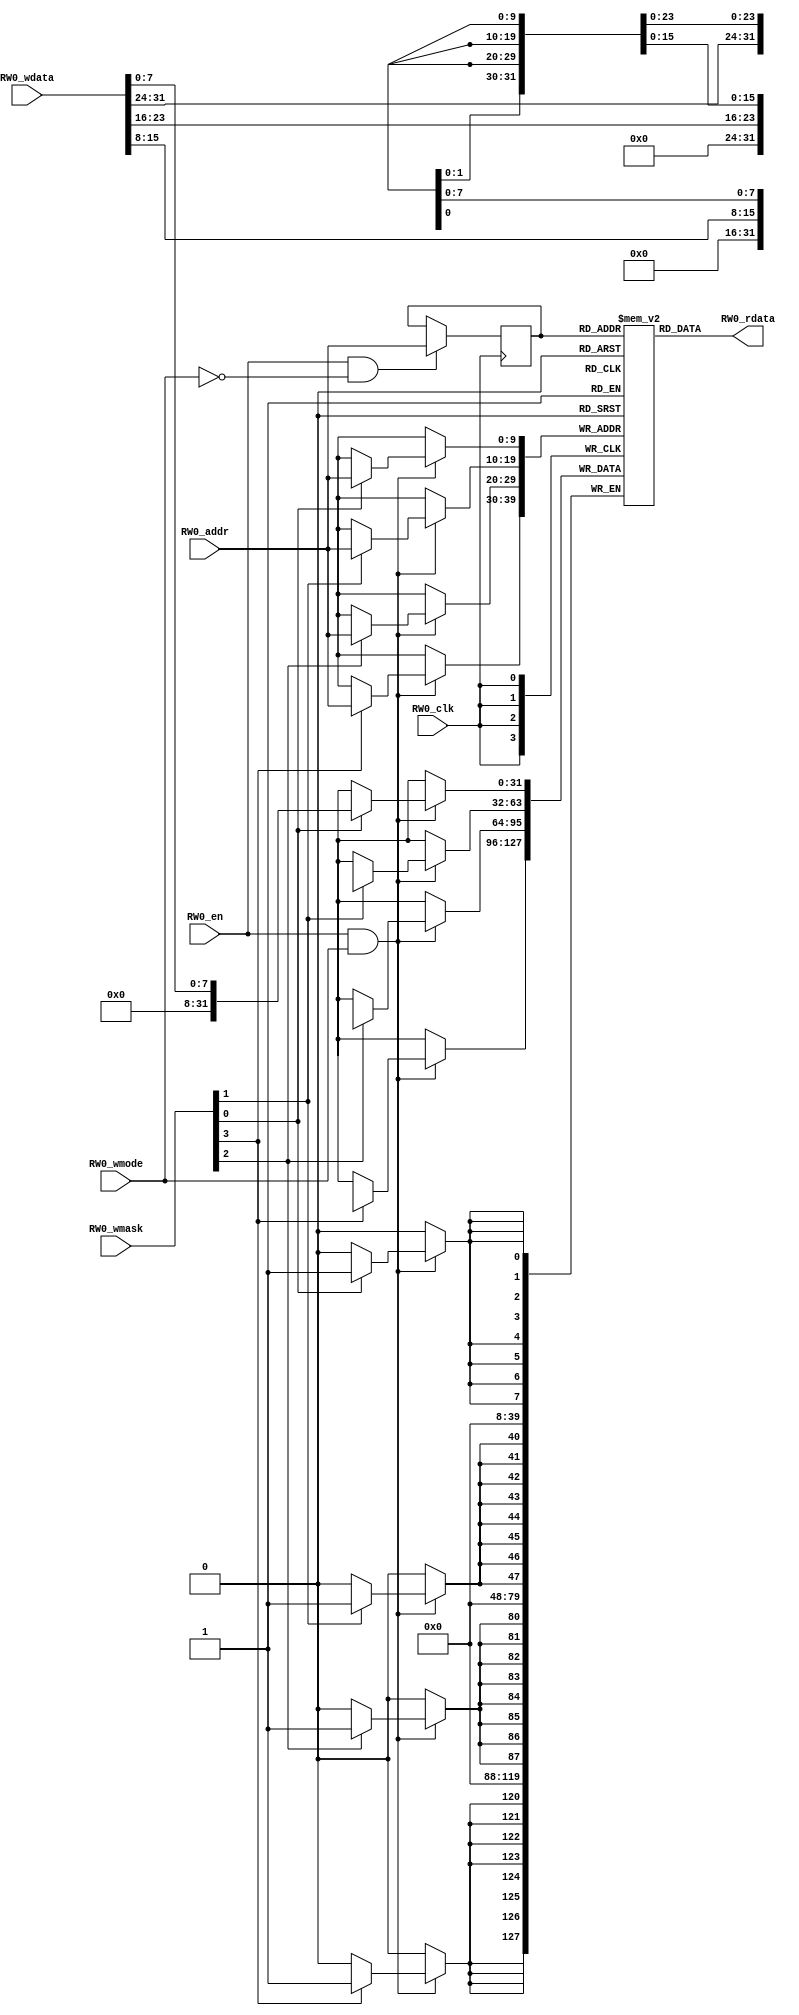

module data_arrays_0_ext(
  input RW0_clk,
  input [9:0] RW0_addr,
  input RW0_en,
  input RW0_wmode,
  input [3:0] RW0_wmask,
  input [31:0] RW0_wdata,
  output [31:0] RW0_rdata
);

  reg reg_RW0_ren;
  reg [9:0] reg_RW0_addr;
  reg [31:0] ram [1023:0];
  `ifdef RANDOMIZE_MEM_INIT
    integer initvar;
    initial begin
      #`RANDOMIZE_DELAY begin end
      for (initvar = 0; initvar < 1024; initvar = initvar+1)
        ram[initvar] = {1 {$random}};
      reg_RW0_addr = {1 {$random}};
    end
  `endif
  integer i;
  always @(posedge RW0_clk)
    reg_RW0_ren <= RW0_en && !RW0_wmode;
  always @(posedge RW0_clk)
    if (RW0_en && !RW0_wmode) reg_RW0_addr <= RW0_addr;
  always @(posedge RW0_clk)
    if (RW0_en && RW0_wmode) begin
      for(i=0;i<4;i=i+1) begin
        if(RW0_wmask[i]) begin
          ram[RW0_addr][i*8 +: 8] <= RW0_wdata[i*8 +: 8];
        end
      end
    end
  `ifdef RANDOMIZE_GARBAGE_ASSIGN
  reg [31:0] RW0_random;
  `ifdef RANDOMIZE_MEM_INIT
    initial begin
      #`RANDOMIZE_DELAY begin end
      RW0_random = {$random};
      reg_RW0_ren = RW0_random[0];
    end
  `endif
  always @(posedge RW0_clk) RW0_random <= {$random};
  assign RW0_rdata = reg_RW0_ren ? ram[reg_RW0_addr] : RW0_random[31:0];
  `else
  assign RW0_rdata = ram[reg_RW0_addr];
  `endif

endmodule

module tag_array_ext(
  input RW0_clk,
  input [5:0] RW0_addr,
  input RW0_en,
  input RW0_wmode,
  input [21:0] RW0_wdata,
  output [21:0] RW0_rdata
);

  reg reg_RW0_ren;
  reg [5:0] reg_RW0_addr;
  reg [21:0] ram [63:0];
  `ifdef RANDOMIZE_MEM_INIT
    integer initvar;
    initial begin
      #`RANDOMIZE_DELAY begin end
      for (initvar = 0; initvar < 64; initvar = initvar+1)
        ram[initvar] = {1 {$random}};
      reg_RW0_addr = {1 {$random}};
    end
  `endif
  integer i;
  always @(posedge RW0_clk)
    reg_RW0_ren <= RW0_en && !RW0_wmode;
  always @(posedge RW0_clk)
    if (RW0_en && !RW0_wmode) reg_RW0_addr <= RW0_addr;
  always @(posedge RW0_clk)
    if (RW0_en && RW0_wmode) begin
      for(i=0;i<1;i=i+1) begin
        ram[RW0_addr][i*22 +: 22] <= RW0_wdata[i*22 +: 22];
      end
    end
  `ifdef RANDOMIZE_GARBAGE_ASSIGN
  reg [31:0] RW0_random;
  `ifdef RANDOMIZE_MEM_INIT
    initial begin
      #`RANDOMIZE_DELAY begin end
      RW0_random = {$random};
      reg_RW0_ren = RW0_random[0];
    end
  `endif
  always @(posedge RW0_clk) RW0_random <= {$random};
  assign RW0_rdata = reg_RW0_ren ? ram[reg_RW0_addr] : RW0_random[21:0];
  `else
  assign RW0_rdata = ram[reg_RW0_addr];
  `endif

endmodule

module tag_array_0_ext(
  input RW0_clk,
  input [5:0] RW0_addr,
  input RW0_en,
  input RW0_wmode,
  input [0:0] RW0_wmask,
  input [20:0] RW0_wdata,
  output [20:0] RW0_rdata
);

  reg reg_RW0_ren;
  reg [5:0] reg_RW0_addr;
  reg [20:0] ram [63:0];
  `ifdef RANDOMIZE_MEM_INIT
    integer initvar;
    initial begin
      #`RANDOMIZE_DELAY begin end
      for (initvar = 0; initvar < 64; initvar = initvar+1)
        ram[initvar] = {1 {$random}};
      reg_RW0_addr = {1 {$random}};
    end
  `endif
  integer i;
  always @(posedge RW0_clk)
    reg_RW0_ren <= RW0_en && !RW0_wmode;
  always @(posedge RW0_clk)
    if (RW0_en && !RW0_wmode) reg_RW0_addr <= RW0_addr;
  always @(posedge RW0_clk)
    if (RW0_en && RW0_wmode) begin
      for(i=0;i<1;i=i+1) begin
        if(RW0_wmask[i]) begin
          ram[RW0_addr][i*21 +: 21] <= RW0_wdata[i*21 +: 21];
        end
      end
    end
  `ifdef RANDOMIZE_GARBAGE_ASSIGN
  reg [31:0] RW0_random;
  `ifdef RANDOMIZE_MEM_INIT
    initial begin
      #`RANDOMIZE_DELAY begin end
      RW0_random = {$random};
      reg_RW0_ren = RW0_random[0];
    end
  `endif
  always @(posedge RW0_clk) RW0_random <= {$random};
  assign RW0_rdata = reg_RW0_ren ? ram[reg_RW0_addr] : RW0_random[20:0];
  `else
  assign RW0_rdata = ram[reg_RW0_addr];
  `endif

endmodule

module data_arrays_0_0_ext(
  input RW0_clk,
  input [9:0] RW0_addr,
  input RW0_en,
  input RW0_wmode,
  input [0:0] RW0_wmask,
  input [31:0] RW0_wdata,
  output [31:0] RW0_rdata
);

  reg reg_RW0_ren;
  reg [9:0] reg_RW0_addr;
  reg [31:0] ram [1023:0];
  `ifdef RANDOMIZE_MEM_INIT
    integer initvar;
    initial begin
      #`RANDOMIZE_DELAY begin end
      for (initvar = 0; initvar < 1024; initvar = initvar+1)
        ram[initvar] = {1 {$random}};
      reg_RW0_addr = {1 {$random}};
    end
  `endif
  integer i;
  always @(posedge RW0_clk)
    reg_RW0_ren <= RW0_en && !RW0_wmode;
  always @(posedge RW0_clk)
    if (RW0_en && !RW0_wmode) reg_RW0_addr <= RW0_addr;
  always @(posedge RW0_clk)
    if (RW0_en && RW0_wmode) begin
      for(i=0;i<1;i=i+1) begin
        if(RW0_wmask[i]) begin
          ram[RW0_addr][i*32 +: 32] <= RW0_wdata[i*32 +: 32];
        end
      end
    end
  `ifdef RANDOMIZE_GARBAGE_ASSIGN
  reg [31:0] RW0_random;
  `ifdef RANDOMIZE_MEM_INIT
    initial begin
      #`RANDOMIZE_DELAY begin end
      RW0_random = {$random};
      reg_RW0_ren = RW0_random[0];
    end
  `endif
  always @(posedge RW0_clk) RW0_random <= {$random};
  assign RW0_rdata = reg_RW0_ren ? ram[reg_RW0_addr] : RW0_random[31:0];
  `else
  assign RW0_rdata = ram[reg_RW0_addr];
  `endif

endmodule

module mem_ext(
  input W0_clk,
  input [25:0] W0_addr,
  input W0_en,
  input [31:0] W0_data,
  input [3:0] W0_mask,
  input R0_clk,
  input [25:0] R0_addr,
  input R0_en,
  output [31:0] R0_data
);

  reg reg_R0_ren;
  reg [25:0] reg_R0_addr;
  reg [31:0] ram [67108863:0];
  `ifdef RANDOMIZE_MEM_INIT
    integer initvar;
    initial begin
      #`RANDOMIZE_DELAY begin end
      for (initvar = 0; initvar < 67108864; initvar = initvar+1)
        ram[initvar] = {1 {$random}};
      reg_R0_addr = {1 {$random}};
    end
  `endif
  integer i;
  always @(posedge R0_clk)
    reg_R0_ren <= R0_en;
  always @(posedge R0_clk)
    if (R0_en) reg_R0_addr <= R0_addr;
  always @(posedge W0_clk)
    if (W0_en) begin
      if (W0_mask[0]) ram[W0_addr][7:0] <= W0_data[7:0];
      if (W0_mask[1]) ram[W0_addr][15:8] <= W0_data[15:8];
      if (W0_mask[2]) ram[W0_addr][23:16] <= W0_data[23:16];
      if (W0_mask[3]) ram[W0_addr][31:24] <= W0_data[31:24];
    end
  `ifdef RANDOMIZE_GARBAGE_ASSIGN
  reg [31:0] R0_random;
  `ifdef RANDOMIZE_MEM_INIT
    initial begin
      #`RANDOMIZE_DELAY begin end
      R0_random = {$random};
      reg_R0_ren = R0_random[0];
    end
  `endif
  always @(posedge R0_clk) R0_random <= {$random};
  assign R0_data = reg_R0_ren ? ram[reg_R0_addr] : R0_random[31:0];
  `else
  assign R0_data = ram[reg_R0_addr];
  `endif

endmodule

module mem_0_ext(
  input W0_clk,
  input [9:0] W0_addr,
  input W0_en,
  input [31:0] W0_data,
  input [3:0] W0_mask,
  input R0_clk,
  input [9:0] R0_addr,
  input R0_en,
  output [31:0] R0_data
);

  reg reg_R0_ren;
  reg [9:0] reg_R0_addr;
  reg [31:0] ram [1023:0];
  `ifdef RANDOMIZE_MEM_INIT
    integer initvar;
    initial begin
      #`RANDOMIZE_DELAY begin end
      for (initvar = 0; initvar < 1024; initvar = initvar+1)
        ram[initvar] = {1 {$random}};
      reg_R0_addr = {1 {$random}};
    end
  `endif
  integer i;
  always @(posedge R0_clk)
    reg_R0_ren <= R0_en;
  always @(posedge R0_clk)
    if (R0_en) reg_R0_addr <= R0_addr;
  always @(posedge W0_clk)
    if (W0_en) begin
      if (W0_mask[0]) ram[W0_addr][7:0] <= W0_data[7:0];
      if (W0_mask[1]) ram[W0_addr][15:8] <= W0_data[15:8];
      if (W0_mask[2]) ram[W0_addr][23:16] <= W0_data[23:16];
      if (W0_mask[3]) ram[W0_addr][31:24] <= W0_data[31:24];
    end
  `ifdef RANDOMIZE_GARBAGE_ASSIGN
  reg [31:0] R0_random;
  `ifdef RANDOMIZE_MEM_INIT
    initial begin
      #`RANDOMIZE_DELAY begin end
      R0_random = {$random};
      reg_R0_ren = R0_random[0];
    end
  `endif
  always @(posedge R0_clk) R0_random <= {$random};
  assign R0_data = reg_R0_ren ? ram[reg_R0_addr] : R0_random[31:0];
  `else
  assign R0_data = ram[reg_R0_addr];
  `endif

endmodule